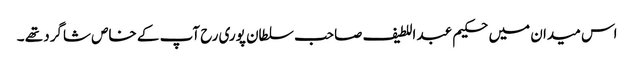
اس میدان میں حکیم عبد اللطیف صاحب سلطان پوری رح آپ کے خاص شاگرد تھے ۔